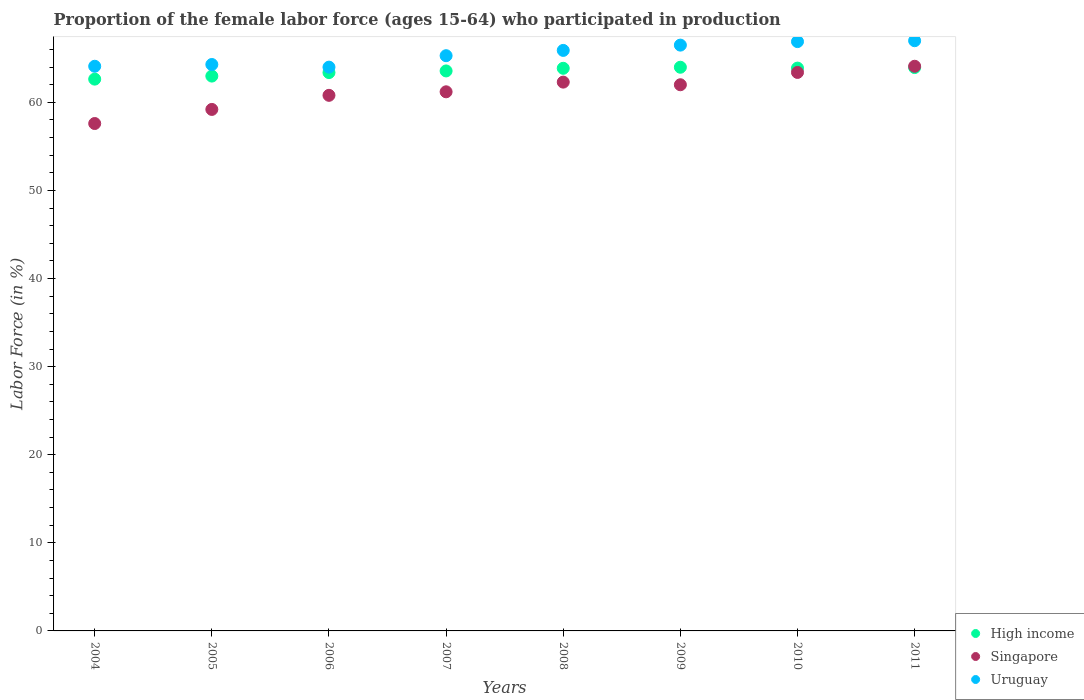
| Years | High income | Singapore | Uruguay |
 | --- | --- | --- | --- |
 | 2004 | 62.6 | 57.6 | 64.1 |
 | 2005 | 63 | 59.2 | 64.3 |
 | 2006 | 63.4 | 60.8 | 64 |
 | 2007 | 63.6 | 61.2 | 65.3 |
 | 2008 | 63.9 | 62.3 | 65.9 |
 | 2009 | 64 | 62 | 66.5 |
 | 2010 | 63.9 | 63.4 | 66.9 |
 | 2011 | 64 | 64.1 | 67 |